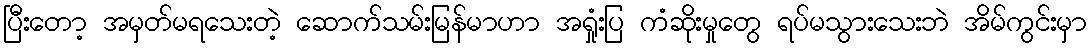
ပြီးတော့ အမှတ်မရသေးတဲ့ ဆောက်သမ်းမြန်မာဟာ အရှုံးပြ ကံဆိုးမှုတွေ ရပ်မသွားသေးဘဲ အိမ်ကွင်းမှာ